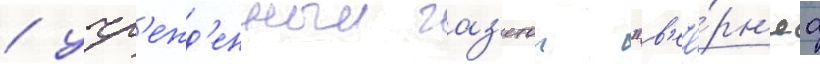
/ учр'ежд'енныи газ'етои "в'ече́рн'яа